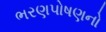
ભરણપોષણનો